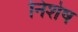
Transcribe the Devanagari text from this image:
निशेष